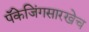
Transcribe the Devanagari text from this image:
पॅकेजिंगसारखेच